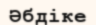
Әбдіке